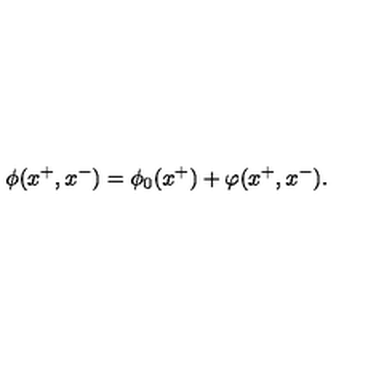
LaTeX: \phi ( x ^ { + } , x ^ { - } ) = \phi _ { 0 } ( x ^ { + } ) + \varphi ( x ^ { + } , x ^ { - } ) .